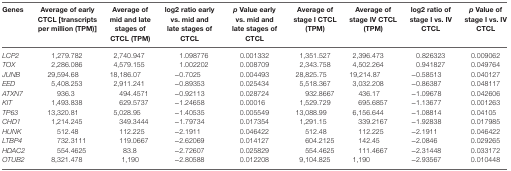
<table><thead><tr><td><b>Genes</b></td><td><b>Average of early CTCL [transcripts per million (TPM)]</b></td><td><b>Average of mid and late stages of CTCL (TPM)</b></td><td><b>log2 ratio early vs. mid and late stages of CTCL</b></td><td><b><i>p</i> Value early vs. mid and late stages of CTCL</b></td><td><b>Average of stage I CTCL (TPM)</b></td><td><b>Average of stage IV CTCL (TPM)</b></td><td><b>log2 ratio of stage I vs. IV CTCL</b></td><td><b><i>p</i> Value of stage I vs. IV CTCL</b></td></tr></thead><tbody><tr><td><i>LCP2</i></td><td>1,279.782</td><td>2,740.947</td><td>1.098776</td><td>0.001332</td><td>1,351.527</td><td>2,396.473</td><td>0.826323</td><td>0.009062</td></tr><tr><td><i>TOX</i></td><td>2,286.086</td><td>4,579.155</td><td>1.002202</td><td>0.008709</td><td>2,343.758</td><td>4,502.264</td><td>0.941827</td><td>0.049764</td></tr><tr><td><i>JUNB</i></td><td>29,594.68</td><td>18,186.07</td><td>−0.7025</td><td>0.004493</td><td>28,825.75</td><td>19,214.87</td><td>−0.58513</td><td>0.040127</td></tr><tr><td><i>EED</i></td><td>5,408.253</td><td>2,911.241</td><td>−0.89353</td><td>0.025434</td><td>5,518.367</td><td>3,032.208</td><td>−0.86387</td><td>0.048117</td></tr><tr><td><i>ATXN7</i></td><td>936.3</td><td>494.4571</td><td>−0.92113</td><td>0.028724</td><td>932.8667</td><td>436.17</td><td>−1.09678</td><td>0.042606</td></tr><tr><td><i>KIT</i></td><td>1,493.838</td><td>629.5737</td><td>−1.24658</td><td>0.00016</td><td>1,529.729</td><td>695.6857</td><td>−1.13677</td><td>0.001263</td></tr><tr><td><i>TP63</i></td><td>13,320.81</td><td>5,028.95</td><td>−1.40535</td><td>0.005549</td><td>13,088.99</td><td>6,156.644</td><td>−1.08814</td><td>0.04105</td></tr><tr><td><i>CHD1</i></td><td>1,214.245</td><td>349.3444</td><td>−1.79734</td><td>0.017354</td><td>1,291.15</td><td>339.2167</td><td>−1.92838</td><td>0.017985</td></tr><tr><td><i>HUNK</i></td><td>512.48</td><td>112.225</td><td>−2.1911</td><td>0.046422</td><td>512.48</td><td>112.225</td><td>−2.1911</td><td>0.046422</td></tr><tr><td><i>LTBP4</i></td><td>732.3111</td><td>119.0667</td><td>−2.62069</td><td>0.014127</td><td>604.2125</td><td>142.45</td><td>−2.0846</td><td>0.029265</td></tr><tr><td><i>HDAC2</i></td><td>554.4625</td><td>83.8</td><td>−2.72607</td><td>0.025829</td><td>554.4625</td><td>111.4667</td><td>−2.31448</td><td>0.033172</td></tr><tr><td><i>OTUB2</i></td><td>8,321.478</td><td>1,190</td><td>−2.80588</td><td>0.012208</td><td>9,104.825</td><td>1,190</td><td>−2.93567</td><td>0.010448</td></tr></tbody></table>